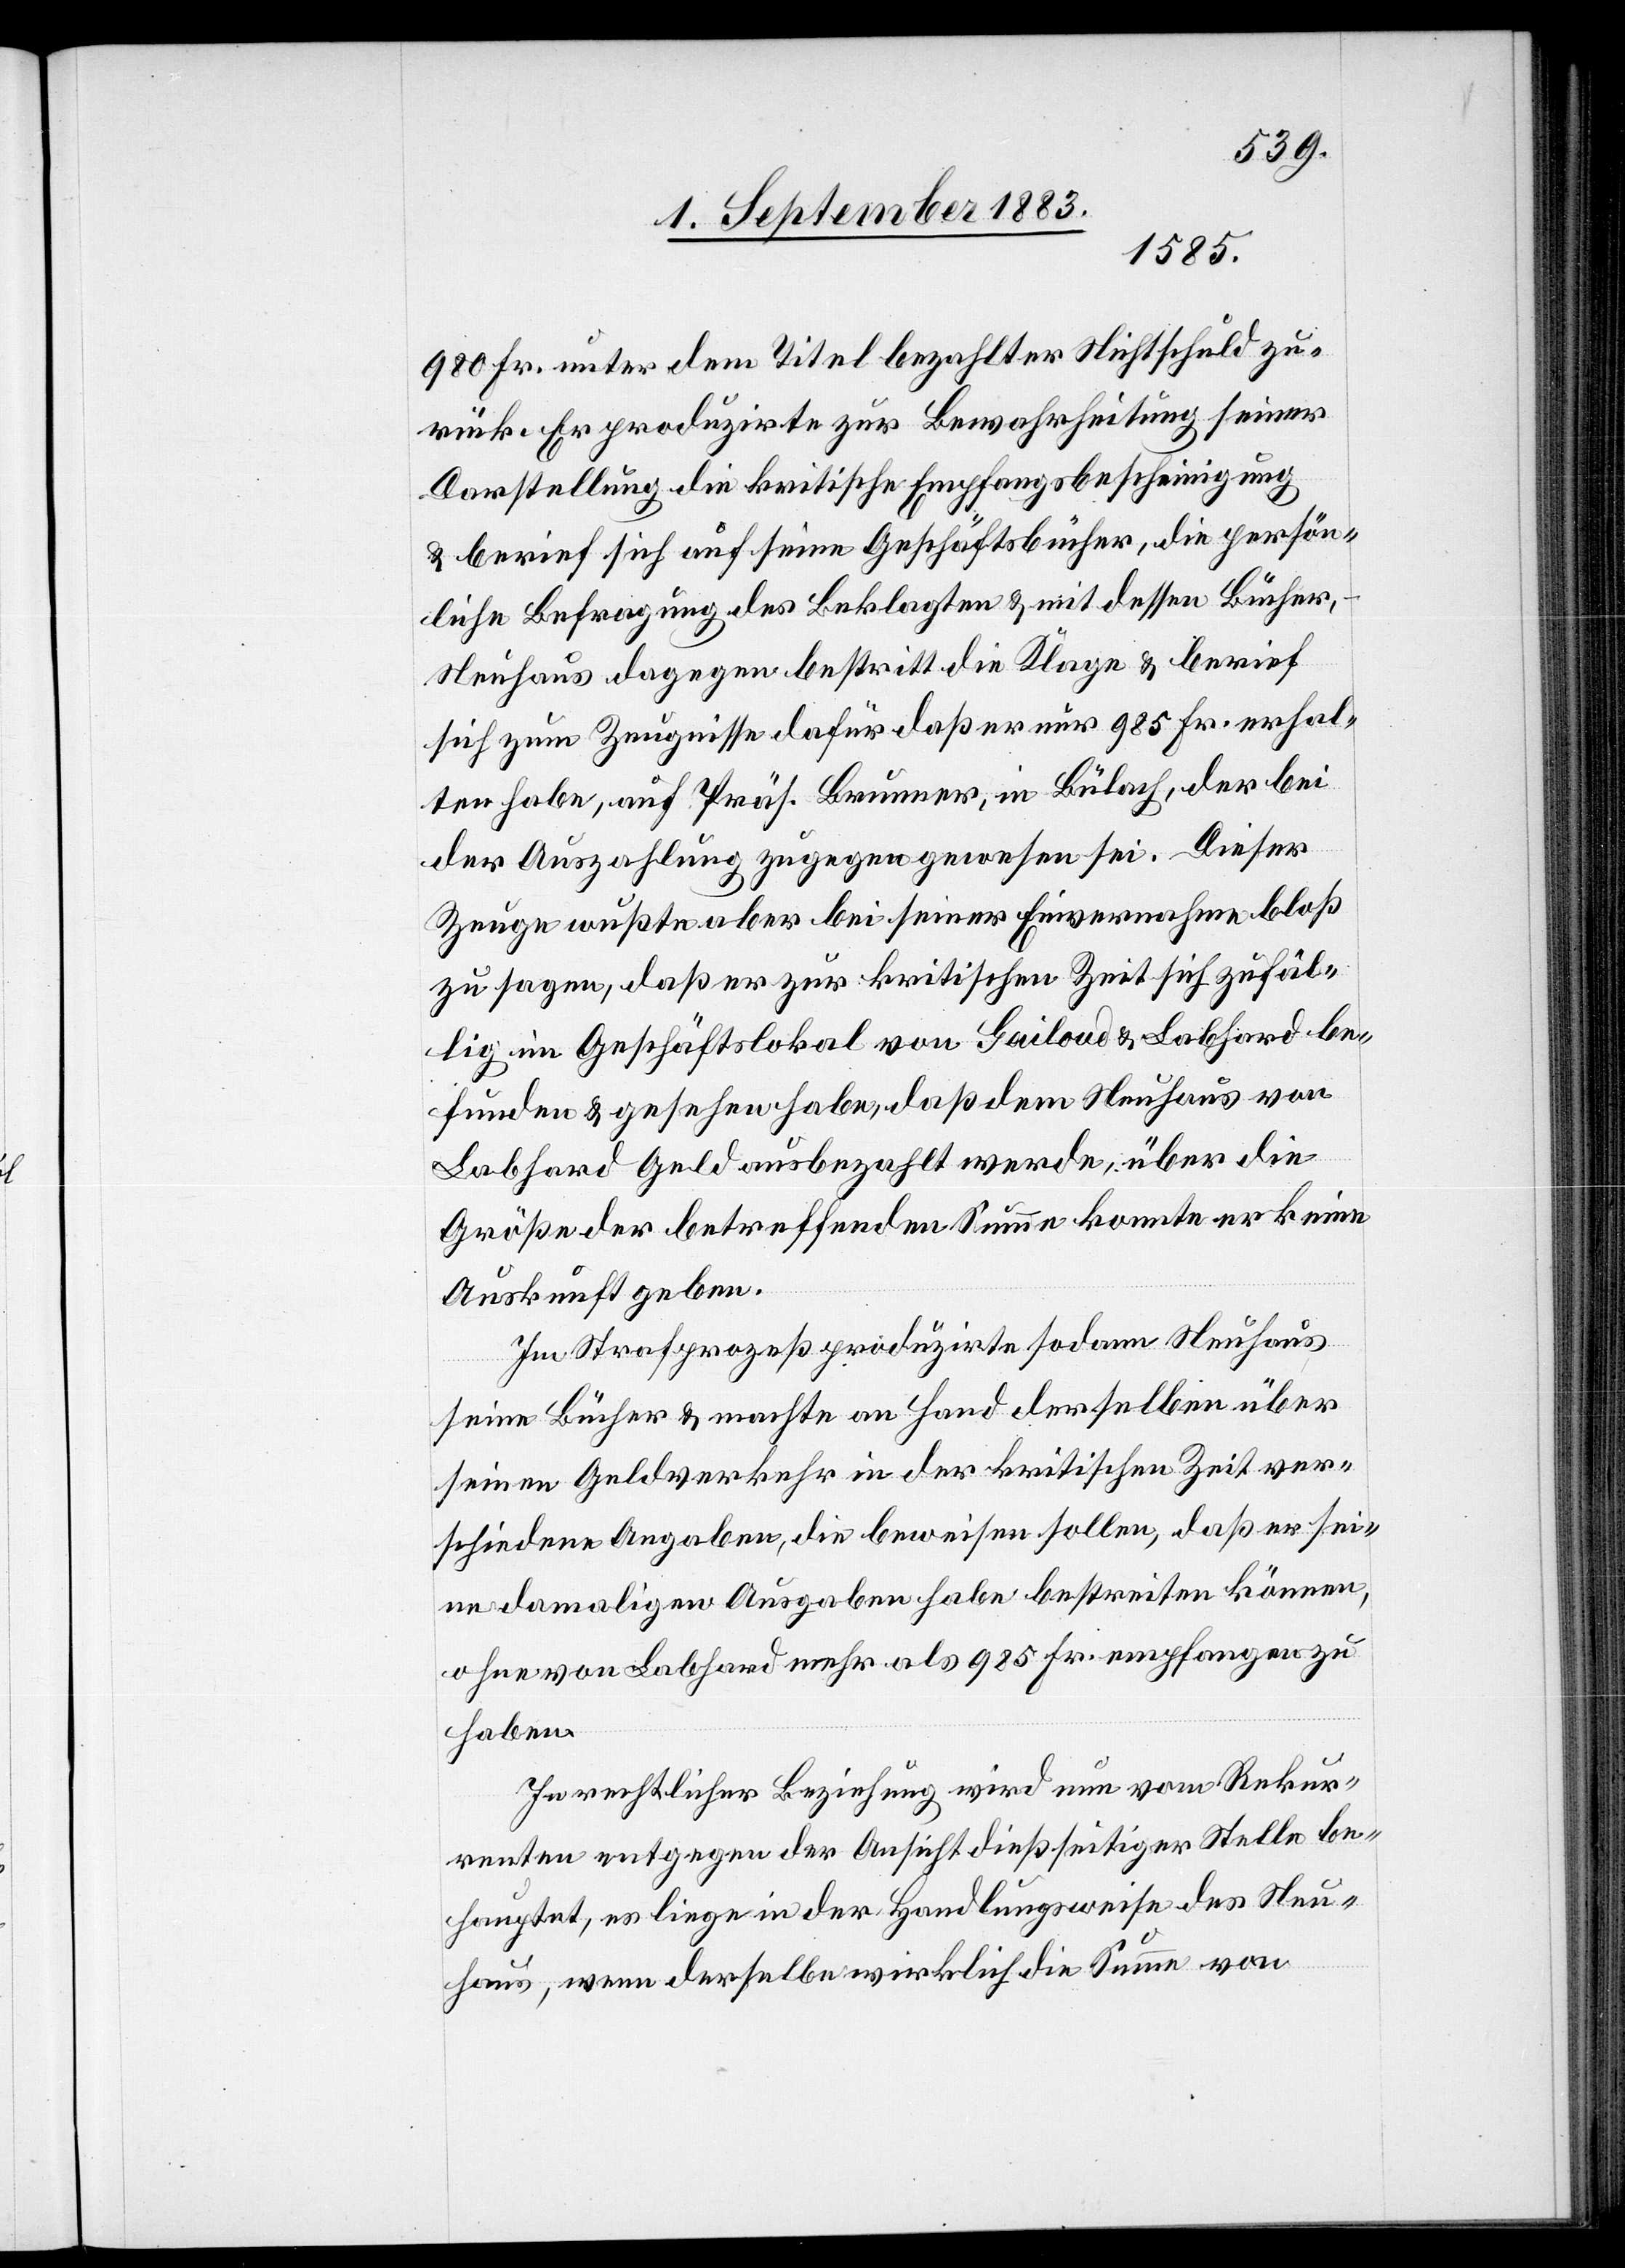
980 Fr. unter dem Titel bezahlter Nichtschuld zu¬
rück. Er produzirte zur Bewahrheitung seiner
Darstellung die kritische Empfangsbescheinigung
& berief sich auf seine Geschäftsbücher, die persön¬
liche Befragung des Beklagten & mit dessen Bücher,
Neuhaus dagegen bestritt die Klage & berief
sich zum Zeugnisse dafür[,] daß er nur 985 Fr. erhal¬
ten habe, auf Präs. Brunner, in Bülach, der bei
der Auszahlung zugegen gewesen sei. Dieser
Zeuge wußte aber bei seiner Einvernahme bloß
zu sagen, daß er zur kritischen Zeit sich zufäl¬
lig im Geschäftslokal von Gailoud [sic!] & Labhard be¬
funden & gesehen habe, daß dem Neuhaus von
Labhard Geld ausbezahlt werde, über die
Größe der betreffenden Summe konnte er keine
Auskunft geben.
Im Strafprozeß produzirte sodann Neuhaus
seine Bücher & machte an Hand derselben über
seinen Geldverkehr in der kritischen Zeit ver¬
schiedene Angaben, die beweisen sollen, daß er sei¬
ne damaligen Ausgaben habe bestreiten können,
ohne von Labhard mehr als 985 Fr. empfangen zu
haben.
In rechtlicher Beziehung wird nun vom Rekur¬
renten entgegen der Ansicht dießseitiger Stelle be¬
hauptet, es liege in der Handlungsweise des Neu¬
haus, wenn derselbe wirklich die Summe von